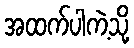
အထက်ပါကဲ့သို့